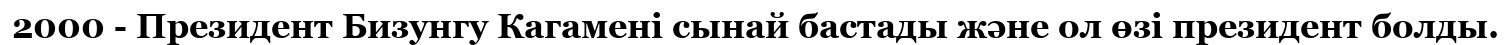
2000 - Президент Бизунгу Кагамені сынай бастады және ол өзі президент болды.